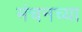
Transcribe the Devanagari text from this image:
मंचनच्या